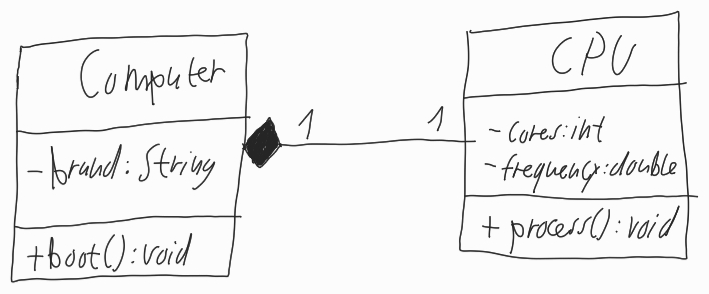
Diagram type: class_diagram
```plantuml
@startuml

class Computer {
  - brand: String
  + boot(): void
}

class CPU {
  - cores: int
  - frequency: double
  + process(): void
}

Computer "1" *-- "1" CPU

@enduml
```